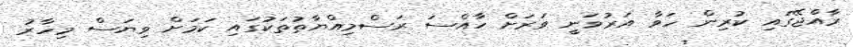
ރާއްޖޭގައި ކުރިން ހަވާ އަރުވަނީ ވަރަށް ހާއްސަ ރަސްމިއްޔާތުތަކުގައި ކަމަށް ވިޔަސް މިހާރު